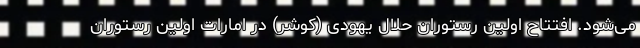
می‌شود. افتتاح اولین رستوران حلال یهودی (کوشر) در امارات اولین رستوران